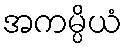
အကမ္ပိယံ